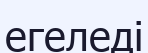
егеледі